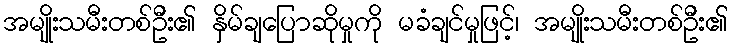
အမျိုးသမီးတစ်ဦး၏ နှိမ်ချပြောဆိုမှုကို မခံချင်မှုဖြင့်၊ အမျိုးသမီးတစ်ဦး၏